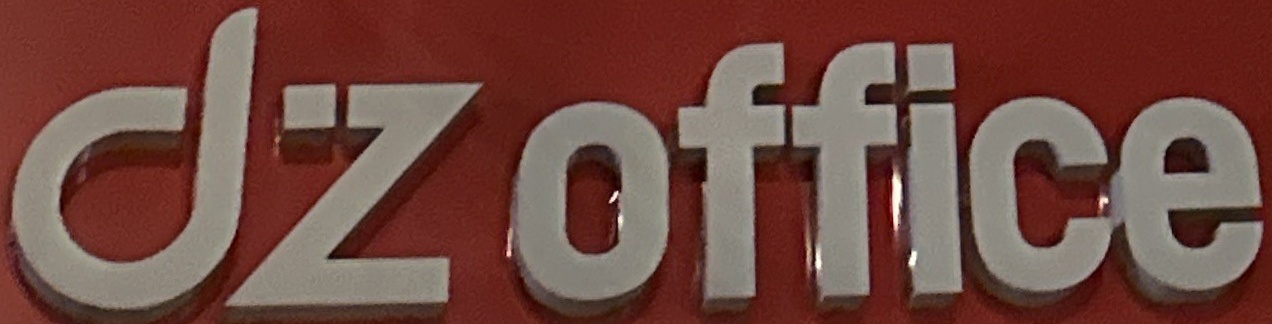
dz office